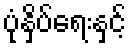
ပုံနှိပ်ရေးနှင့်